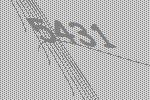
5431